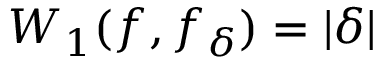
W _ { 1 } ( f , f _ { \delta } ) = | \delta |